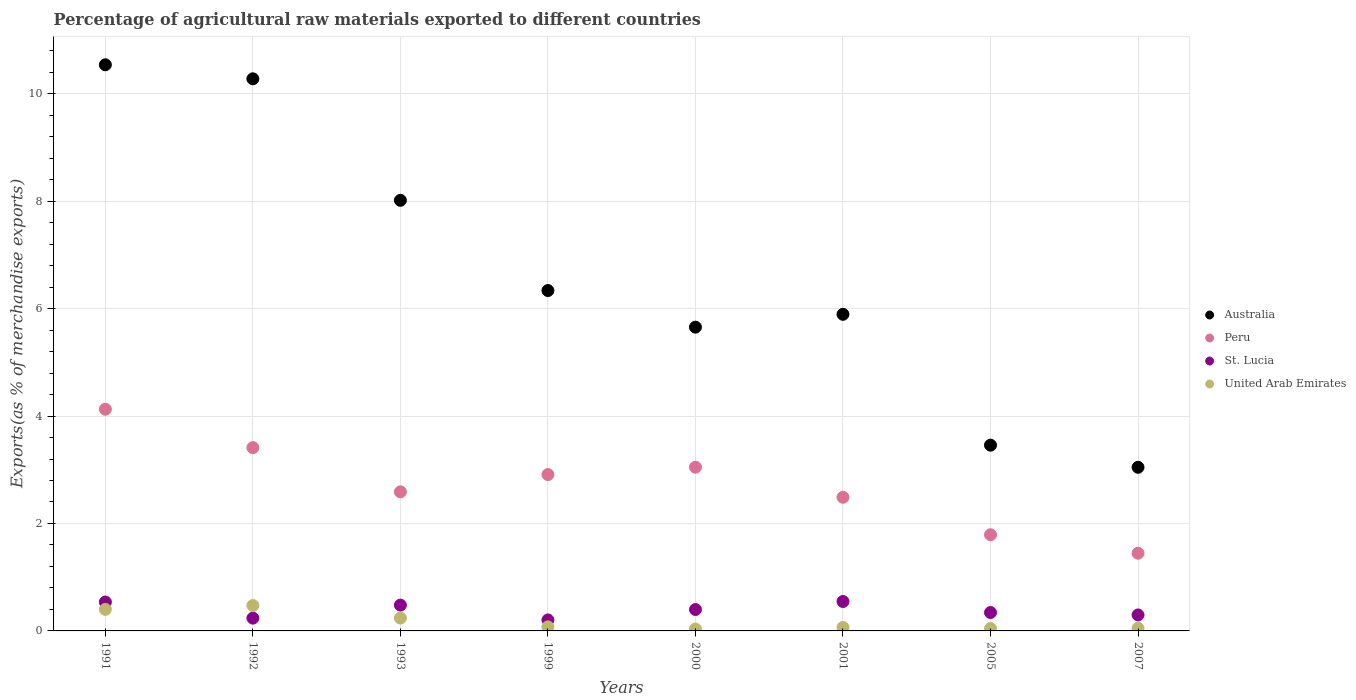
| Years | Australia | Peru | St. Lucia | United Arab Emirates |
 | --- | --- | --- | --- | --- |
 | 1991 | 10.5 | 4.13 | 0.538 | 0.401 |
 | 1992 | 10.3 | 3.41 | 0.238 | 0.473 |
 | 1993 | 8.02 | 2.59 | 0.48 | 0.239 |
 | 1999 | 6.34 | 2.91 | 0.205 | 0.0759 |
 | 2000 | 5.65 | 3.05 | 0.398 | 0.0351 |
 | 2001 | 5.89 | 2.49 | 0.548 | 0.0643 |
 | 2005 | 3.46 | 1.79 | 0.343 | 0.0447 |
 | 2007 | 3.05 | 1.45 | 0.297 | 0.0505 |